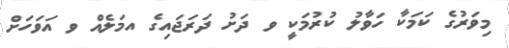
މިވަރުގެ ކަމަކާ ހަވާލު ކުރުމަކީ ވ ދަށު ދަރަޖައިގެ އމަލެއް ވ އަވަހަށް